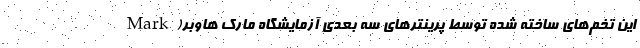
این تخم‌های ساخته شده توسط پرینترهای سه بعدی آزمایشگاه مارک هاوبر(Mark